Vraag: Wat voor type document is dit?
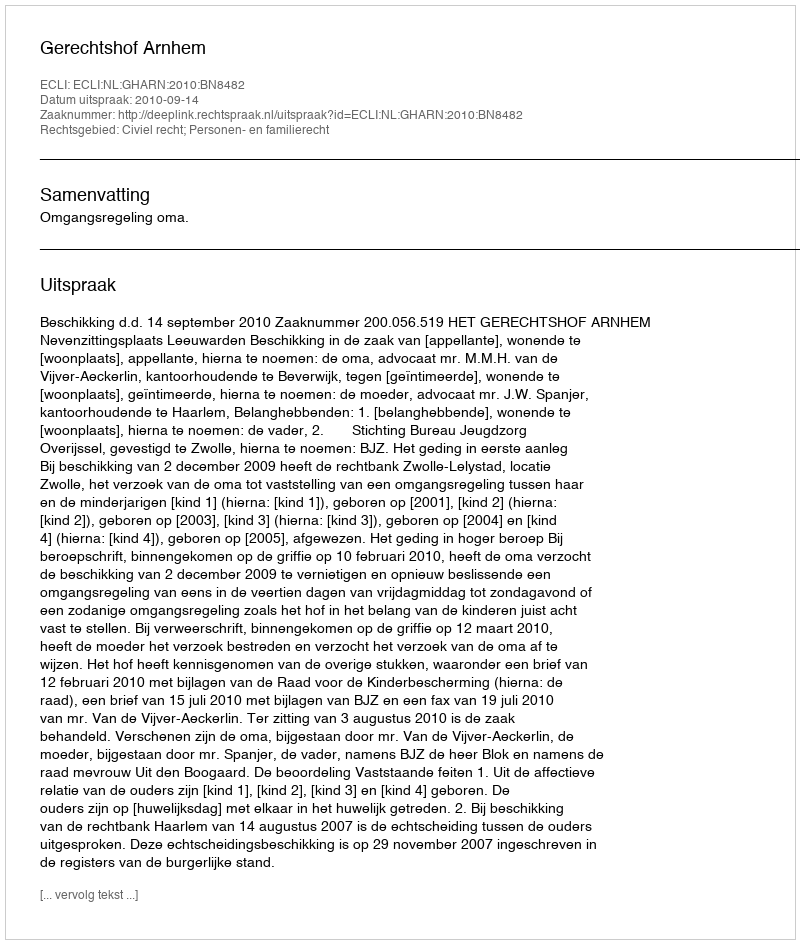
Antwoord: Uitspraak